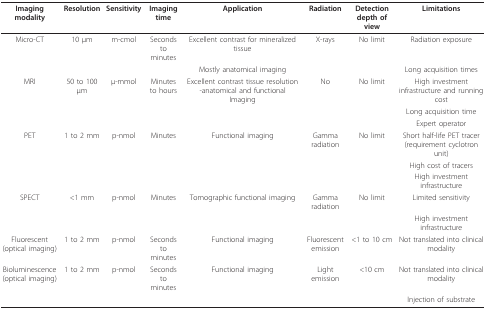
<table><thead><tr><td><b>Imaging modality</b></td><td><b>Resolution</b></td><td><b>Sensitivity</b></td><td><b>Imaging time</b></td><td><b>Application</b></td><td><b>Radiation</b></td><td><b>Detection depth of view</b></td><td><b>Limitations</b></td></tr></thead><tbody><tr><td>Micro-CT</td><td>10 μm</td><td>m-cmol</td><td>Seconds to minutes</td><td>Excellent contrast for mineralized tissue</td><td>X-rays</td><td>No limit</td><td>Radiation exposure</td></tr><tr><td></td><td></td><td></td><td></td><td>Mostly anatomical imaging</td><td></td><td></td><td>Long acquisition times</td></tr><tr><td>MRI</td><td>50 to 100 μm</td><td>μ-mmol</td><td>Minutes to hours</td><td>Excellent contrast tissue resolution -anatomical and functional Imaging</td><td>No</td><td>No limit</td><td>High investment infrastructure and running cost</td></tr><tr><td></td><td></td><td></td><td></td><td></td><td></td><td></td><td>Long acquisition time</td></tr><tr><td></td><td></td><td></td><td></td><td></td><td></td><td></td><td>Expert operator</td></tr><tr><td>PET</td><td>1 to 2 mm</td><td>p-nmol</td><td>Minutes</td><td>Functional imaging</td><td>Gamma radiation</td><td>No limit</td><td>Short half-life PET tracer (requirement cyclotron unit)</td></tr><tr><td></td><td></td><td></td><td></td><td></td><td></td><td></td><td>High cost of tracers</td></tr><tr><td></td><td></td><td></td><td></td><td></td><td></td><td></td><td>High investment infrastructure</td></tr><tr><td>SPECT</td><td>&lt;1 mm</td><td>p-nmol</td><td>Minutes</td><td>Tomographic functional imaging</td><td>Gamma radiation</td><td>No limit</td><td>Limited sensitivity</td></tr><tr><td></td><td></td><td></td><td></td><td></td><td></td><td></td><td>High investment infrastructure</td></tr><tr><td>Fluorescent (optical imaging)</td><td>1 to 2 mm</td><td>p-nmol</td><td>Seconds to minutes</td><td>Functional imaging</td><td>Fluorescent emission</td><td>&lt;1 to 10 cm</td><td>Not translated into clinical modality</td></tr><tr><td>Bioluminescence (optical imaging)</td><td>1 to 2 mm</td><td>p-nmol</td><td>Seconds to minutes</td><td>Functional imaging</td><td>Light emission</td><td>&lt;10 cm</td><td>Not translated into clinical modality</td></tr><tr><td></td><td></td><td></td><td></td><td></td><td></td><td></td><td>Injection of substrate</td></tr></tbody></table>